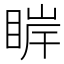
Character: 𰥮